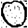
Digit: 0